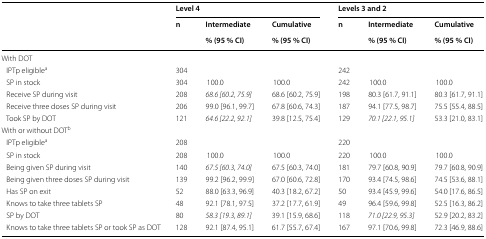
<table><thead><tr><td rowspan="3"></td><td colspan="3"><b>Level 4</b></td><td colspan="3"><b>Levels 3 and 2</b></td></tr><tr><td rowspan="2"><b>n</b></td><td><b>Intermediate</b></td><td><b>Cumulative</b></td><td rowspan="2"><b>n</b></td><td><b>Intermediate</b></td><td><b>Cumulative</b></td></tr><tr><td><b>% (95 % CI)</b></td><td><b>% (95 % CI)</b></td><td><b>% (95 % CI)</b></td><td><b>% (95 % CI)</b></td></tr></thead><tbody><tr><td colspan="6">With DOT</td><td></td></tr><tr><td> IPTp eligible<sup>a</sup></td><td>304</td><td></td><td></td><td>242</td><td></td><td></td></tr><tr><td> SP in stock</td><td>304</td><td>100.0</td><td>100.0</td><td>242</td><td>100.0</td><td>100.0</td></tr><tr><td> Receive SP during visit</td><td>208</td><td><i>68.6 [60.2, 75.9]</i></td><td>68.6 [60.2, 75.9]</td><td>198</td><td>80.3 [61.7, 91.1]</td><td>80.3 [61.7, 91.1]</td></tr><tr><td> Receive three doses SP during visit</td><td>206</td><td>99.0 [96.1, 99.7]</td><td>67.8 [60.6, 74.3]</td><td>187</td><td>94.1 [77.5, 98.7]</td><td>75.5 [55.4, 88.5]</td></tr><tr><td> Took SP by DOT</td><td>121</td><td><i>64.6 [22.2, 92.1]</i></td><td>39.8 [12.5, 75.4]</td><td>129</td><td><i>70.1 [22.1, 95.1]</i></td><td>53.3 [21.0, 83.1]</td></tr><tr><td colspan="6">With or without DOT<sup>b</sup></td><td></td></tr><tr><td> IPTp eligible<sup>a</sup></td><td>208</td><td></td><td></td><td>220</td><td></td><td></td></tr><tr><td> SP in stock</td><td>208</td><td>100.0</td><td>100.0</td><td>220</td><td>100.0</td><td>100.0</td></tr><tr><td> Being given SP during visit</td><td>140</td><td><i>67.5 [60.3, 74.0]</i></td><td>67.5 [60.3, 74.0]</td><td>181</td><td>79.7 [60.8, 90.9]</td><td>79.7 [60.8, 90.9]</td></tr><tr><td> Being given three doses SP during visit</td><td>139</td><td>99.2 [96.2, 99.9]</td><td>67.0 [60.6, 72.8]</td><td>170</td><td>93.4 [74.5, 98.6]</td><td>74.5 [53.6, 88.1]</td></tr><tr><td> Has SP on exit</td><td>52</td><td>88.0 [63.3, 96.9]</td><td>40.3 [18.2, 67.2]</td><td>50</td><td>93.4 [45.9, 99.6]</td><td>54.0 [17.6, 86.5]</td></tr><tr><td> Knows to take three tablets SP</td><td>48</td><td>92.1 [78.1, 97.5]</td><td>37.2 [17.7, 61.9]</td><td>49</td><td>96.4 [59.6, 99.8]</td><td>52.5 [16.3, 86.2]</td></tr><tr><td> SP by DOT</td><td>80</td><td><i>58.3 [19.3, 89.1]</i></td><td>39.1 [15.9, 68.6]</td><td>118</td><td><i>71.0 [22.9, 95.3]</i></td><td>52.9 [20.2, 83.2]</td></tr><tr><td> Knows to take three tablets SP or took SP as DOT</td><td>128</td><td>92.1 [87.4, 95.1]</td><td>61.7 [55.7, 67.4]</td><td>167</td><td>97.1 [70.6, 99.8]</td><td>72.3 [46.9, 88.6]</td></tr></tbody></table>